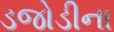
ડજોડીના